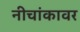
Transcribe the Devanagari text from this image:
नीचांकावर